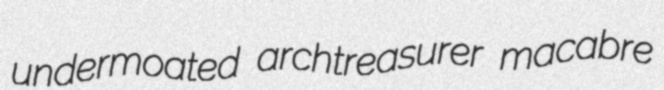
undermoated archtreasurer macabre